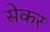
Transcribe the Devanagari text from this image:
सेकर